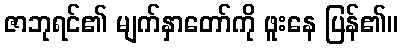
ဇာဘုရင်၏ မျက်နှာတော်ကို ဖူးနေ ပြန်၏။